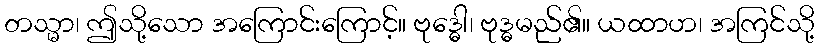
တသ္မာ၊ ဤသို့သော အကြောင်းကြောင့်။ ဗုဒ္ဓေါ၊ ဗုဒ္ဓမည်၏။ ယထာဟ၊ အကြင်သို့